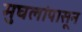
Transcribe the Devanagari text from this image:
मुघलांपासून